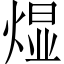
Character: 𬊭